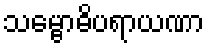
သမ္ဗောဓိပရာယဏာ